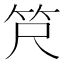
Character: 𫁶